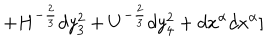
+ H ^ { - { \frac { 2 } { 3 } } } d y _ { 3 } ^ { 2 } + U ^ { - { \frac { 2 } { 3 } } } d y _ { 4 } ^ { 2 } + d x ^ { \alpha } d x ^ { \alpha } ]